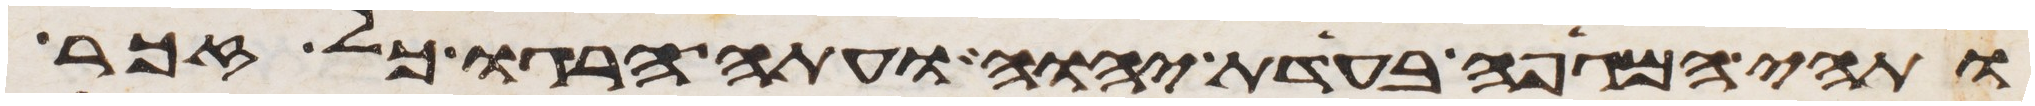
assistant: ותהי המגפה בעדת יהוה ועתה הרגו כל זכר